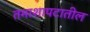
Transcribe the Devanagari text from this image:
तमाशापटातील